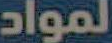
المواد